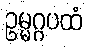
ဥမ္မဂ္ဂပထံ